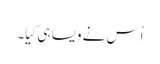
اُس نے وَیسا ہی کِیا۔